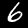
Label: 6